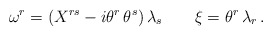
\begin{align*} \omega^r = \left( X^{rs} - i \theta^r \, \theta^s \right) \lambda_s \qquad \xi= \theta^r \, \lambda_r \, .\end{align*}